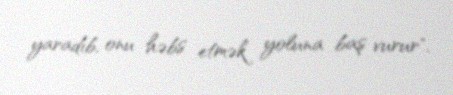
yaradıb, onu həbs etmək yoluna baş vurur".